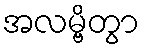
အလမ္ဗိတွာ